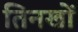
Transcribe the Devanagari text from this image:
तिनखों